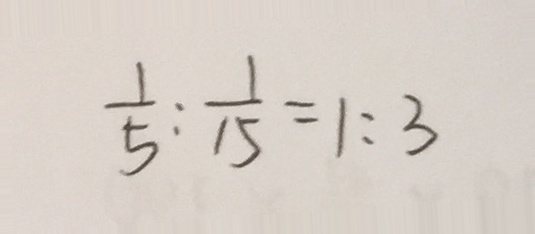
\frac { 1 } { 5 } : \frac { 1 } { 1 5 } = 1 : 3